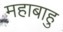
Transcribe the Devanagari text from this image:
महाबाहु